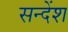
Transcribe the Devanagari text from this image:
सन्देंश